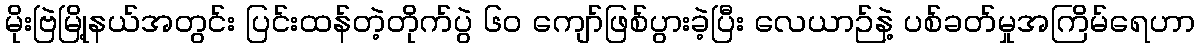
မိုးဗြဲမြို့နယ်အတွင်း ပြင်းထန်တဲ့တိုက်ပွဲ ၆၀ ကျော်ဖြစ်ပွားခဲ့ပြီး လေယာဉ်နဲ့ ပစ်ခတ်မှုအကြိမ်ရေဟာ